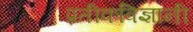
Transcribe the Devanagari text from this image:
प्रतीकविज्ञानी